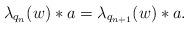
LaTeX: \begin{align*}\lambda_{q_n}(w)*a = \lambda_{q_{n+1}}(w)*a.\end{align*}